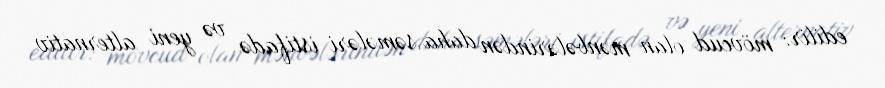
edilir: mövcud olan mənbələrindən daha səmələri istifadə və yeni alternativ